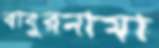
বাবুরনামা